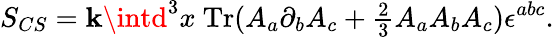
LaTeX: S_{CS}=\mathbf{k}\intd^{3}x\ \mathrm{{Tr}}(A_{a}\partial_{b}A_{c}+{\textstyle{\frac{{2}}{{3}}}}A_{a}A_{b}A_{c})\epsilon^{abc}.